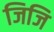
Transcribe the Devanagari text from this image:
जिजि